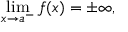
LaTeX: \operatorname* { l i m } _ { x \to a ^ { - } } f ( x ) = \pm \infty ,